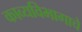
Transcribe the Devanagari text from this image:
काव्यविभागाचे